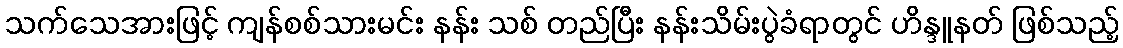
သက်သေအားဖြင့် ကျန်စစ်သားမင်း နန်း သစ် တည်ပြီး နန်းသိမ်းပွဲခံရာတွင် ဟိန္ဒူနတ် ဖြစ်သည့်